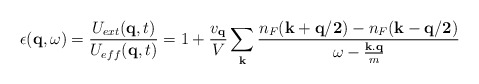
\begin{align*}\epsilon( {\bf{q}}, \omega) = \frac{ U_{ext}({\bf{q}},t) }{ U_{eff}({\bf{q}},t) } = 1 + \frac{ v_{ {\bf{q}} } }{V}\sum_{ {\bf{k}} }\frac{ n_{F}({\bf{k+q/2}}) - n_{F}({\bf{k-q/2}}) }{ \omega - \frac{ {\bf{k.q}} }{m} }\end{align*}